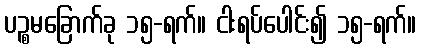
ပဉ္စမခြောက်ခု ၁၅-ရက်။ ငါးရပ်ပေါင်း၍ ၁၅-ရက်။